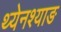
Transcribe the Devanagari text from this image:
थ्येनश्याङ